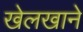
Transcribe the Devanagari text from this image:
खेलखाने